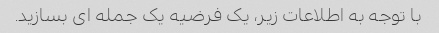
با توجه به اطلاعات زیر، یک فرضیه یک جمله ای بسازید.